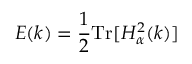
E ( k ) = \frac { 1 } { 2 } \mathrm { T r } [ H _ { \alpha } ^ { 2 } ( k ) ]